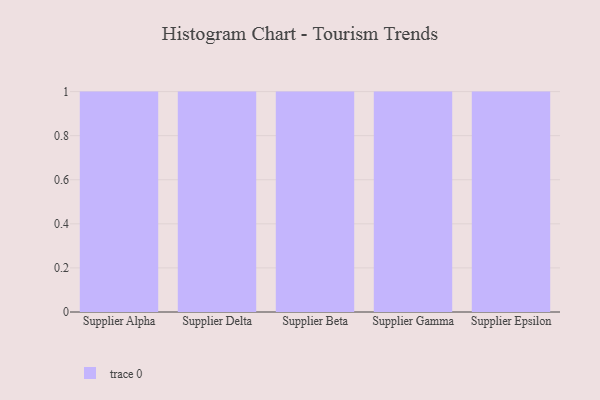
{"axis": {"x": "Supplier", "y": "Shipments"}, "legend": [""], "data": [{"x": "Supplier Alpha", "y": 7, "type": ""}, {"x": "Supplier Delta", "y": 88, "type": ""}, {"x": "Supplier Beta", "y": 60, "type": ""}, {"x": "Supplier Gamma", "y": 26, "type": ""}, {"x": "Supplier Epsilon", "y": 67, "type": ""}]}